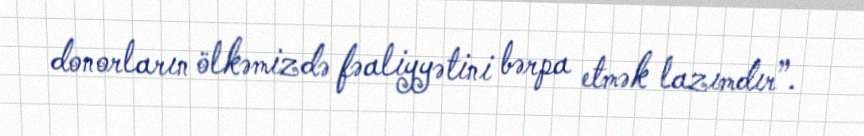
donorların ölkəmizdə fəaliyyətini bərpa etmək lazımdır”.